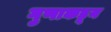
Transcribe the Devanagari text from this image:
गुणाकडून